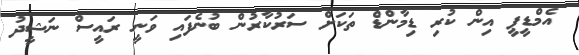
އެމްޑީޕީ އިން ކުރި ޑިމާންޑް ތަކަށް ސަރުކާރުން ބުނެފައި ވަނީ ރައީސް ނަޝީދު